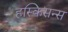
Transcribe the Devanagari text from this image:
हस्किसन्स